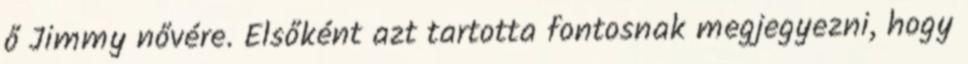
ő Jimmy nővére. Elsőként azt tartotta fontosnak megjegyezni, hogy